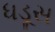
ધડૂસ